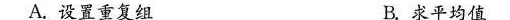
A.设置重复组 B.求平均值